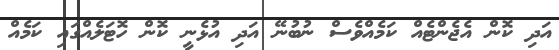
އަދި ކޮން އެޖެންޓެއް ކަމެއްވެސް ނުބުނޭ އަދި އުޅެނީ ކޮން ހޮޓަލެއްގައި ކަމެއް